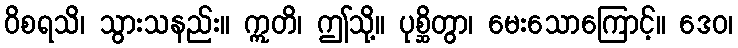
ဝိစရသိ၊ သွားသနည်း။ ဣတိ၊ ဤသို့။ ပုစ္ဆိတွာ၊ မေးသောကြောင့်။ ဒေဝ၊